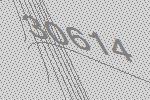
30614